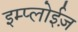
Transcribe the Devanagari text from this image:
इम्प्लोईज़